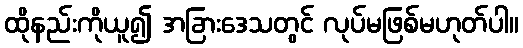
ထိုနည်းကိုယူ၍ အခြားဒေသတွင် လုပ်မဖြစ်မဟုတ်ပါ။